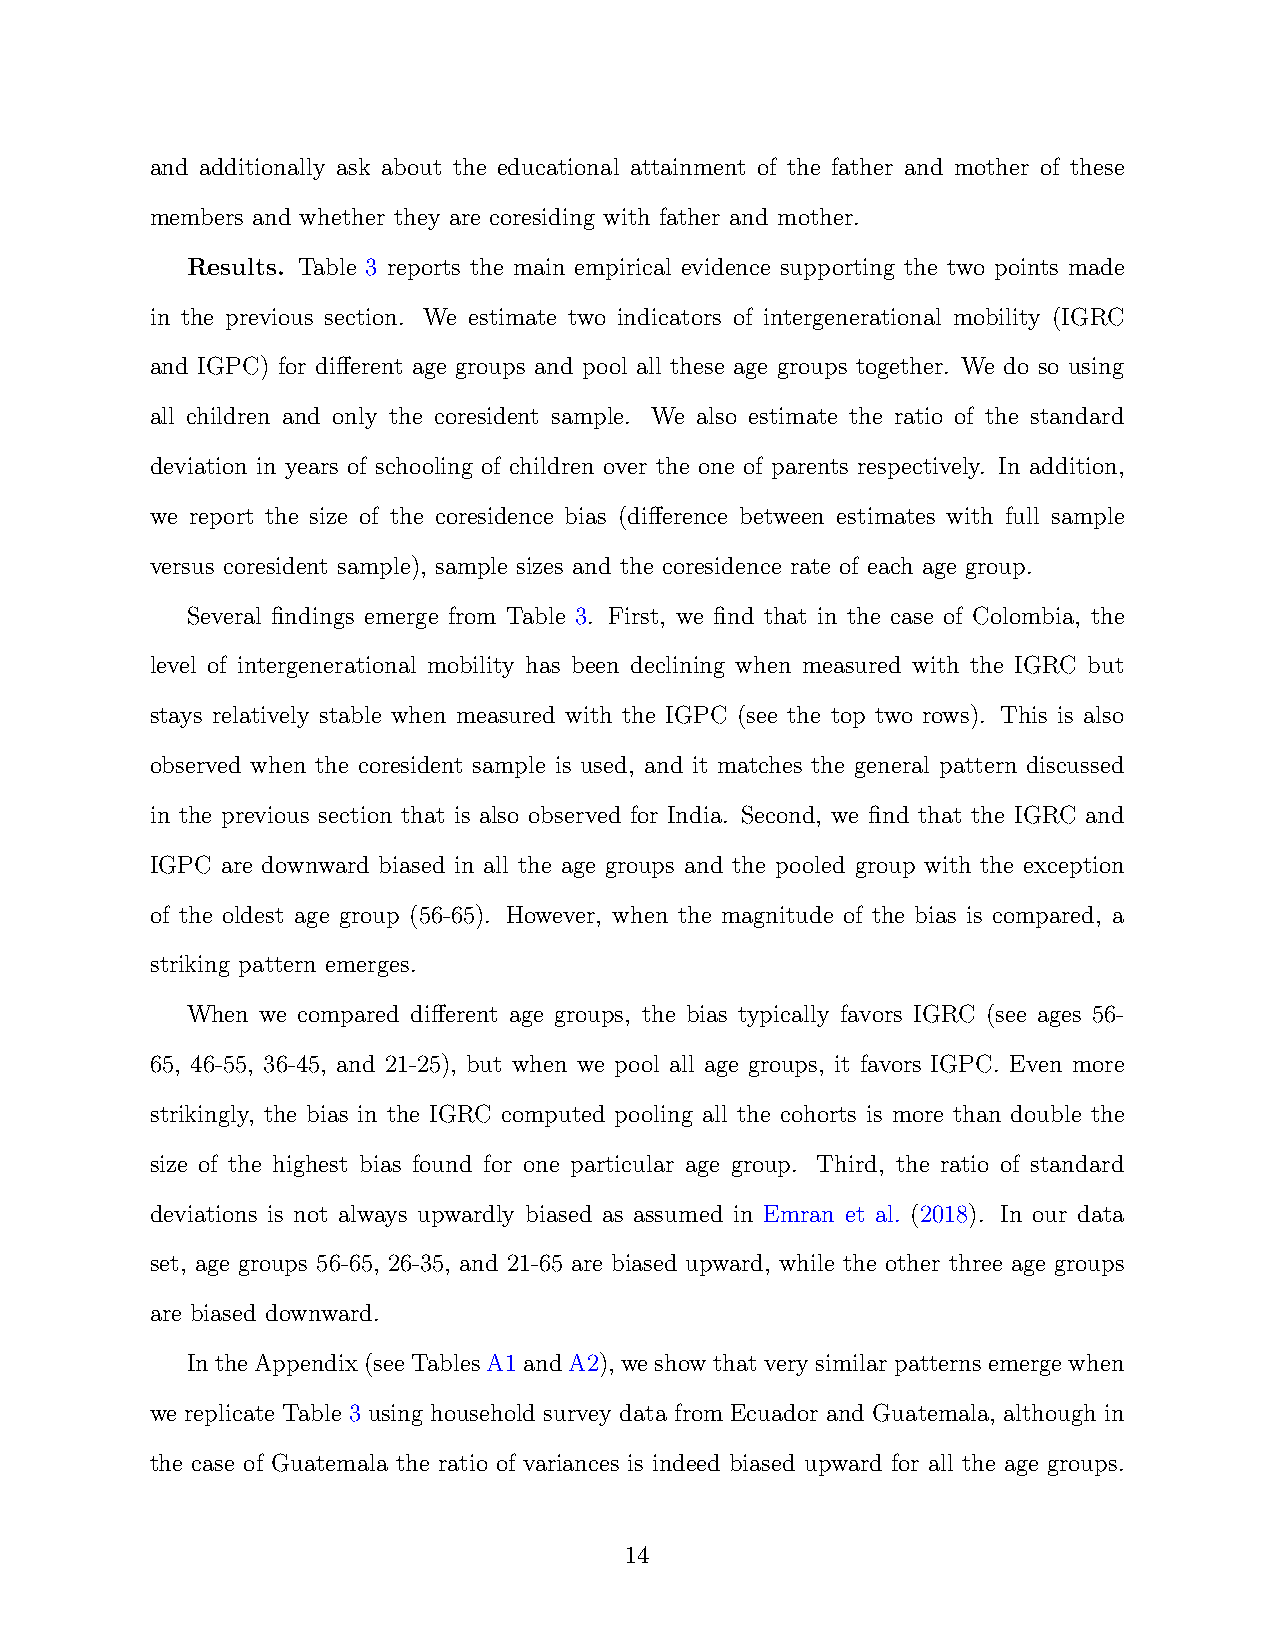
and additionally ask about the educational attainment of the father and mother of these
 members and whether they are coresiding with father and mother.
 Results. Table 3 reports the main empirical evidence supporting the two points made
 in the previous section. We estimate two indicators of intergenerational mobility (IGRC
 and IGPC) for different age groups and pool all these age groups together. We do so using
 all children and only the coresident sample. We also estimate the ratio of the standard
 deviation in years of schooling of children over the one of parents respectively. In addition,
 we report the size of the coresidence bias (difference between estimates with full sample
 versus coresident sample), sample sizes and the coresidence rate of each age group.
 Several findings emerge from Table 3. First, we find that in the case of Colombia, the
 level of intergenerational mobility has been declining when measured with the IGRC but
 stays relatively stable when measured with the IGPC (see the top two rows). This is also
 observed when the coresident sample is used, and it matches the general pattern discussed
 in the previous section that is also observed for India. Second, we find that the IGRC and
 IGPC are downward biased in all the age groups and the pooled group with the exception
 of the oldest age group (56-65). However, when the magnitude of the bias is compared, a
 striking pattern emerges.
 When we compared different age groups, the bias typically favors IGRC (see ages 56-
 65, 46-55, 36-45, and 21-25), but when we pool all age groups, it favors IGPC. Even more
 strikingly, the bias in the IGRC computed pooling all the cohorts is more than double the
 size of the highest bias found for one particular age group. Third, the ratio of standard
 deviations is not always upwardly biased as assumed in Emran et al. (2018). In our data
 set, age groups 56-65, 26-35, and 21-65 are biased upward, while the other three age groups
 are biased downward.
 IntheAppendix(seeTablesA1andA2), weshowthatverysimilarpatternsemergewhen
 we replicate Table 3 using household survey data from Ecuador and Guatemala, although in
 the case of Guatemala the ratio of variances is indeed biased upward for all the age groups.
 14